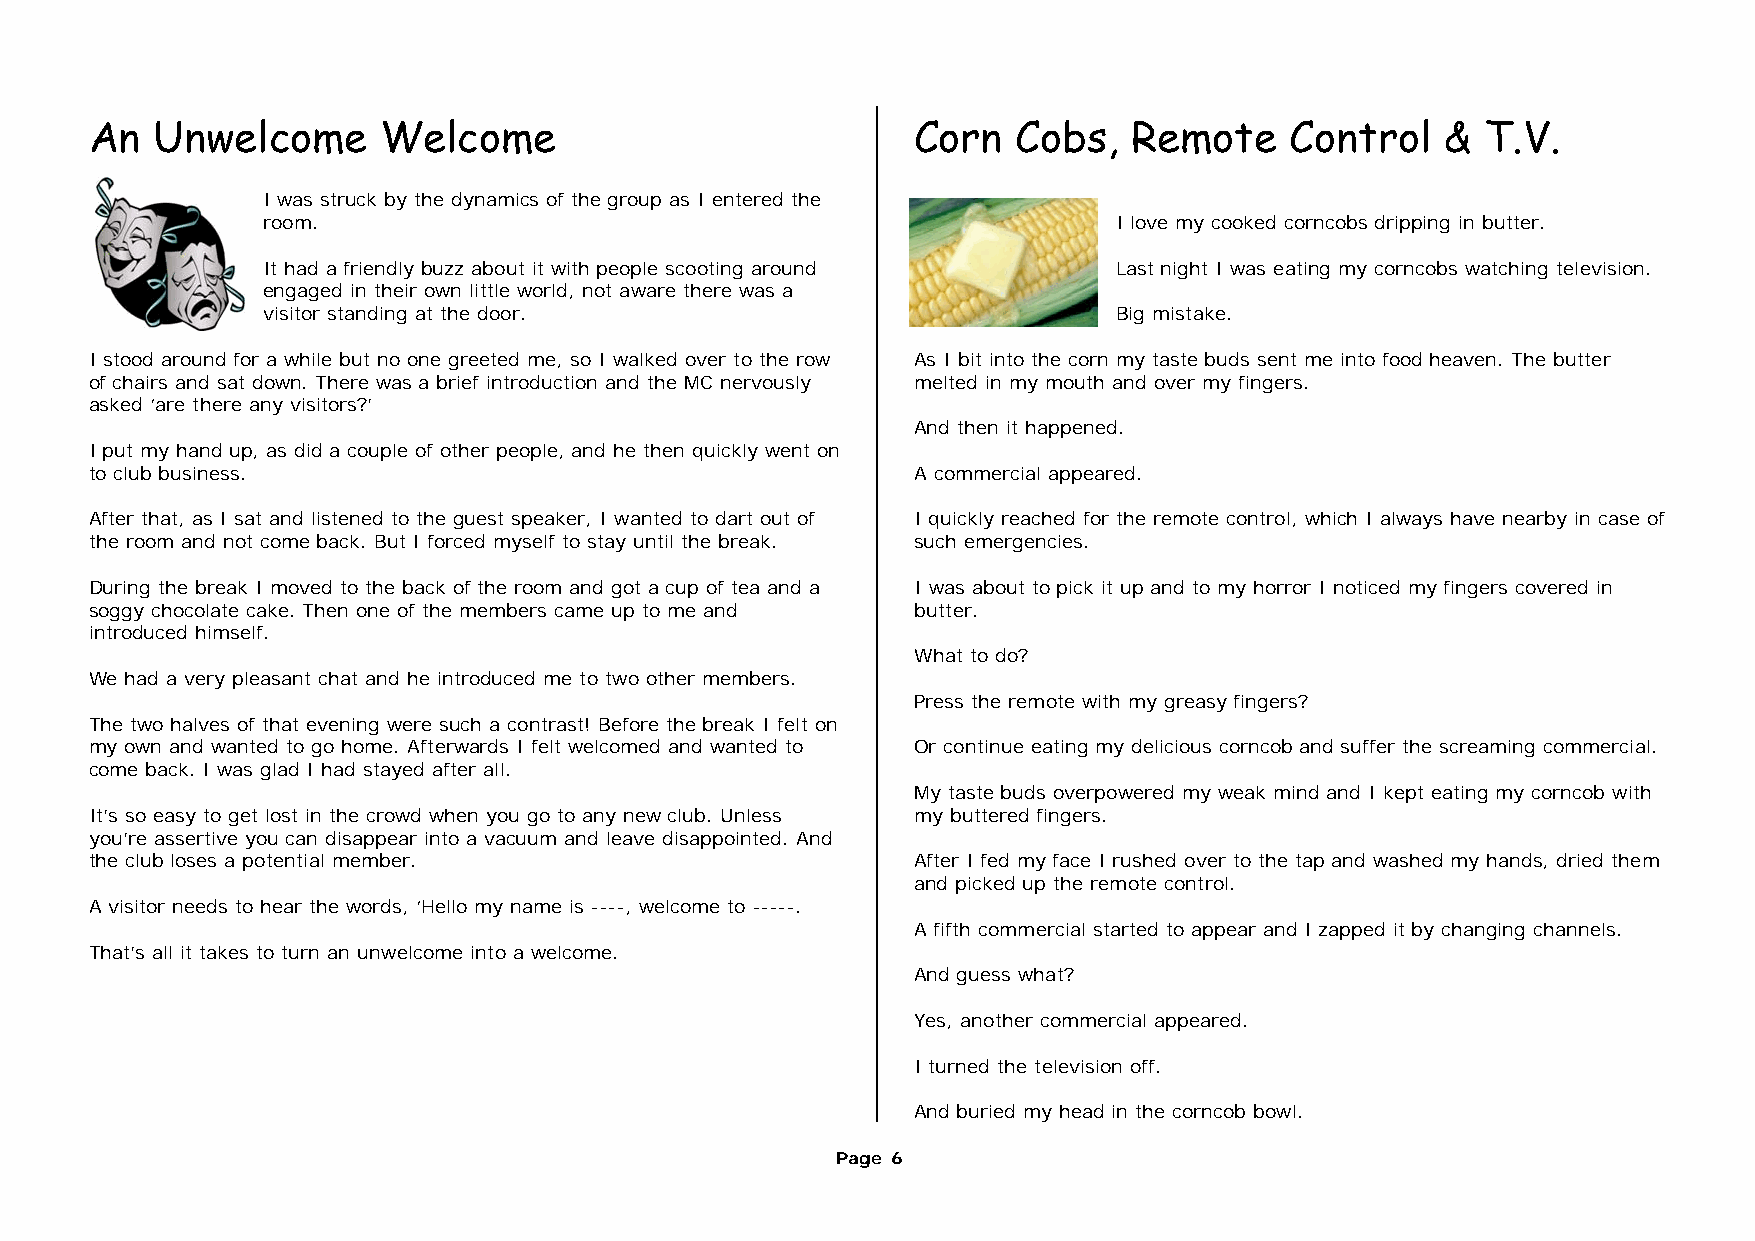
An  Unwelcome      Welcome                             Corn  Cobs,   Remote    Control    & T.V.
 I was struck by the dynamics of the group as I entered the
 room.                                                    I love my cooked corncobs dripping in butter.
 It had a friendly buzz about it with people scooting around Last night I was eating my corncobs watching television.
 engaged in their own little world, not aware there was a
 visitor standing at the door.                            Big mistake.
 I stood around for a while but no one greeted me, so I walked over to the row As I bit into the corn my taste buds sent me into food heaven. The butter
 of chairs and sat down. There was a brief introduction and the MC nervously melted in my mouth and over my fingers.
 asked ‘are there any visitors?’
 And then it happened.
 I put my hand up, as did a couple of other people, and he then quickly went on
 to club business.                                      A commercial appeared.
 After that, as I sat and listened to the guest speaker, I wanted to dart out of I quickly reached for the remote control, which I always have nearby in case of
 the room and not come back. But I forced myself to stay until the break. such emergencies.
 During the break I moved to the back of the room and got a cup of tea and a I was about to pick it up and to my horror I noticed my fingers covered in
 soggy chocolate cake. Then one of the members came up to me and butter.
 introduced himself.
 What to do?
 We had a very pleasant chat and he introduced me to two other members.
 Press the remote with my greasy fingers?
 The two halves of that evening were such a contrast! Before the break I felt on
 my own and wanted to go home. Afterwards I felt welcomed and wanted to Or continue eating my delicious corncob and suffer the screaming commercial.
 come back. I was glad I had stayed after all.
 My taste buds overpowered my weak mind and I kept eating my corncob with
 It’s so easy to get lost in the crowd when you go to any new club. Unless my buttered fingers.
 you’re assertive you can disappear into a vacuum and leave disappointed. And
 the club loses a potential member.                     After I fed my face I rushed over to the tap and washed my hands, dried them
 and picked up the remote control.
 A visitor needs to hear the words, ‘Hello my name is ----, welcome to -----.
 A fifth commercial started to appear and I zapped it by changing channels.
 That’s all it takes to turn an unwelcome into a welcome.
 And guess what?
 Yes, another commercial appeared.
 I turned the television off.
 And buried my head in the corncob bowl.
 Page 6